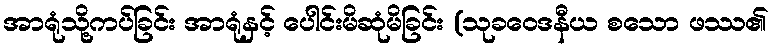
အာရုံသို့ကပ်ခြင်း အာရုံနှင့် ပေါင်းမိဆုံမိခြင်း (သုခဝေဒနီယ စသော ဖဿ၏